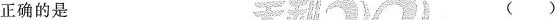
正确的是 （）